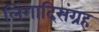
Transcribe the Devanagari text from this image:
लिंगादिसंग्रह